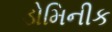
ડોમિનીક